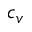
c _ { v }